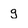
Character: g